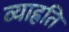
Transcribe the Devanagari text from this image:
व्याह्रति